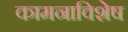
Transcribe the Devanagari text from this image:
कामनाविशेष